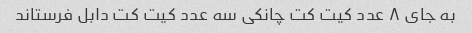
به جای ۸ عدد کیت کت چانکی سه عدد کیت کت دابل فرستاند